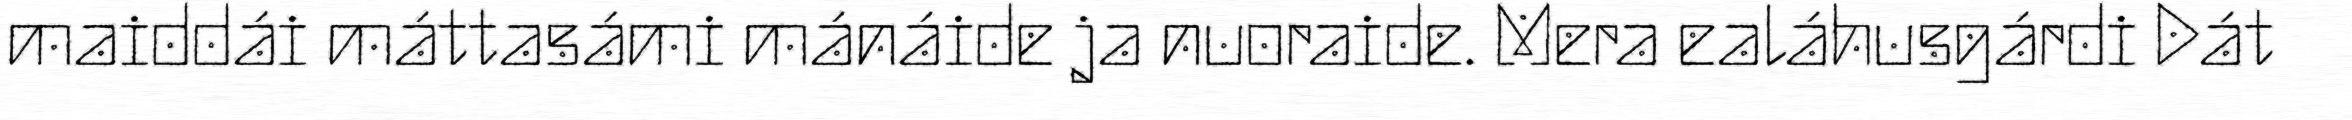
maiddái máttasámi mánáide ja nuoraide. Mera ealáhusgárdi Dát